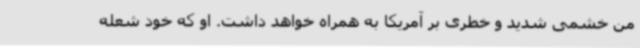
من خشمی شدید و خطری بر آمریکا به همراه خواهد داشت. او که خود شعله